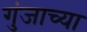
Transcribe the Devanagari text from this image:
गुंजाच्या